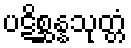
ပဋိစ္ဆန္နသုတ္တံ